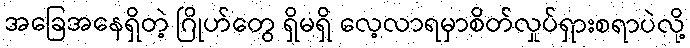
အခြေအနေရှိတဲ့ ဂြိုဟ်တွေ ရှိမရှိ လေ့လာရမှာစိတ်လှုပ်ရှားစရာပဲလို့